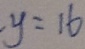
y = 1 6